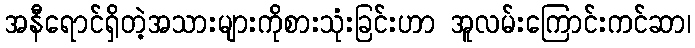
အနီရောင်ရှိတဲ့အသားများကိုစားသုံးခြင်းဟာ အူလမ်းကြောင်းကင်ဆာ၊